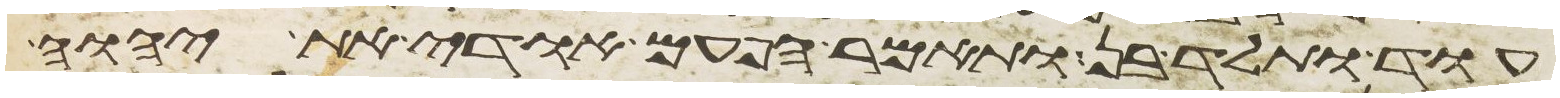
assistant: עוד ותלד בן ותאמר הפעם אודה את יהוה